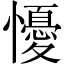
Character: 懮